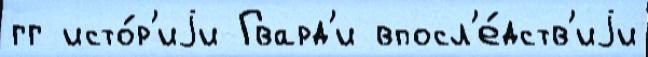
гг исто́р'иjи Гвард'и впосл'е́дств'иjи